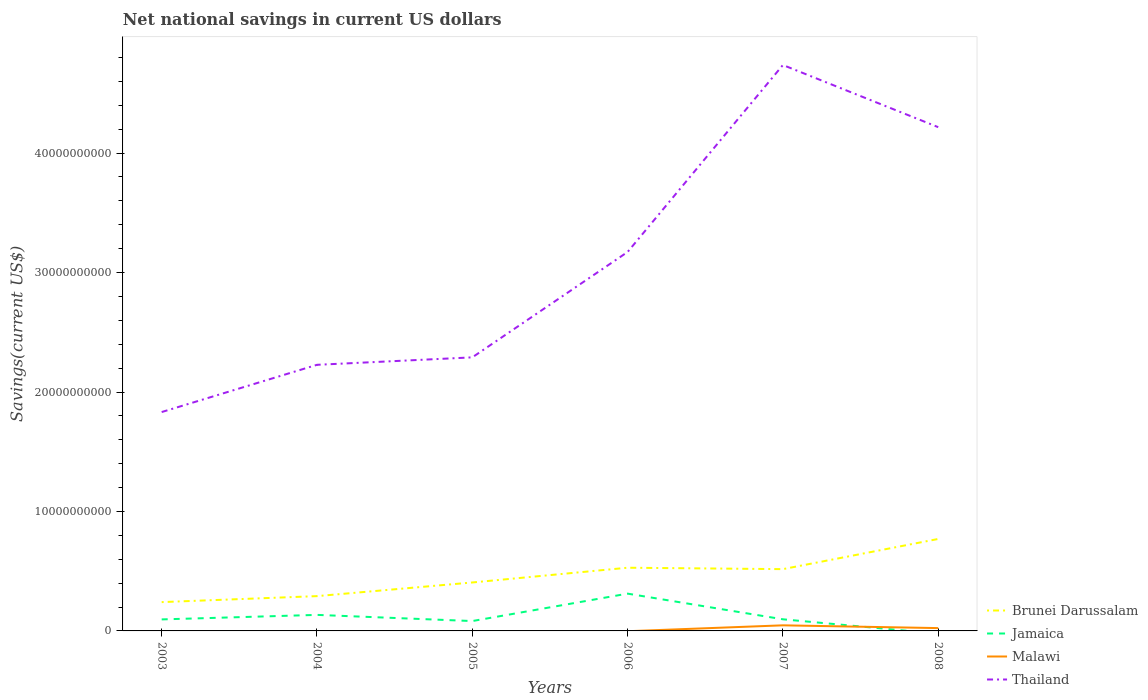
| Years | Brunei Darussalam | Jamaica | Malawi | Thailand |
 | --- | --- | --- | --- | --- |
 | 2003 | 2.41e+09 | 9.64e+08 | -1.09e+08 | 1.83e+10 |
 | 2004 | 2.91e+09 | 1.34e+09 | -1.25e+08 | 2.23e+10 |
 | 2005 | 4.06e+09 | 8.26e+08 | -2.12e+08 | 2.29e+10 |
 | 2006 | 5.29e+09 | 3.12e+09 | -2.53e+07 | 3.17e+10 |
 | 2007 | 5.17e+09 | 9.73e+08 | 4.68e+08 | 4.74e+10 |
 | 2008 | 7.7e+09 | -2.31e+08 | 2.37e+08 | 4.22e+10 |